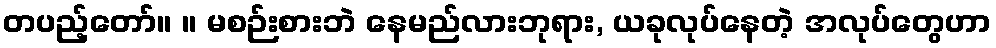
တပည့်တော်။ ။ မစဉ်းစားဘဲ နေမည်လားဘုရား, ယခုလုပ်နေတဲ့ အလုပ်တွေဟာ